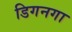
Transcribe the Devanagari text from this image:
डिगनगा